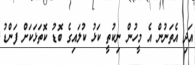
އަދި އެތަނުން އެ މީހުން ނިކުތީ ކަޅު ކުލައިގެ ބޮޑު ކޮތަޅަކަށް ފަންޑު